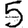
Digit: 5